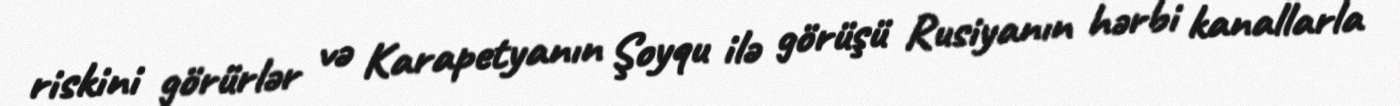
riskini görürlər və Karapetyanın Şoyqu ilə görüşü Rusiyanın hərbi kanallarla